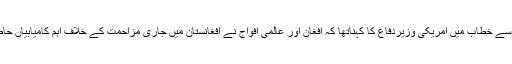
نیٹو اجلاس سے خطاب میں امریکی وزیرِدفاع کا کہناتھا کہ افغان اور عالمی افواج نے افغانستان میں جاری مزاحمت کے خلاف اہم کامیابیاں حاصل کی ہیں۔